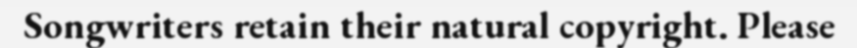
Songwriters retain their natural copyright. Please